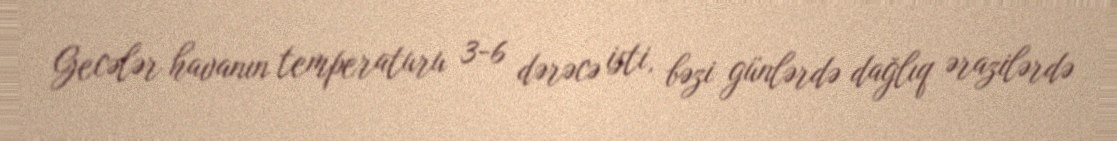
Gecələr havanın temperaturu 3-6 dərəcə isti, bəzi günlərdə dağlıq ərazilərdə